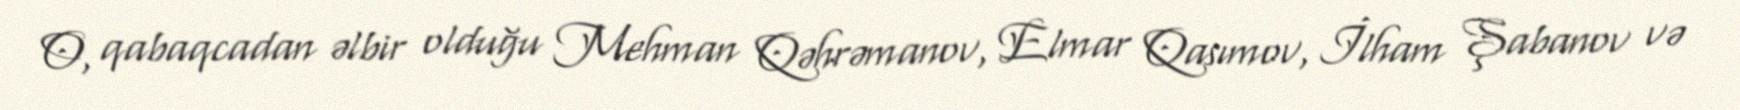
O, qabaqcadan əlbir olduğu Mehman Qəhrəmanov, Elmar Qasımov, İlham Şabanov və